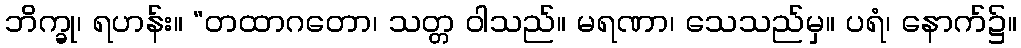
ဘိက္ခု၊ ရဟန်း။ “တထာဂတော၊ သတ္တ ဝါသည်။ မရဏာ၊ သေသည်မှ။ ပရံ၊ နောက်၌။